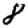
Digit: 8